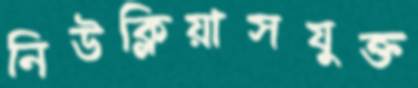
নিউক্লিয়াসযুক্ত